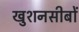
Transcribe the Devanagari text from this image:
खुशनसीबों